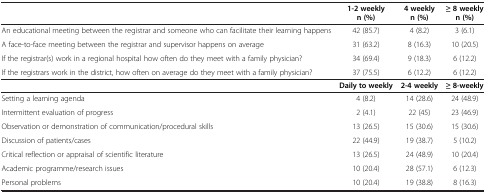
<table><thead><tr><td><b> </b></td><td><b>1-2 weekly n (%)</b></td><td><b>4 weekly n (%)</b></td><td><b>≥ 8 weekly n (%)</b></td></tr></thead><tbody><tr><td>An educational meeting between the registrar and someone who can facilitate their learning happens</td><td>42 (85.7)</td><td>4 (8.2)</td><td>3 (6.1)</td></tr><tr><td>A face-to-face meeting between the registrar and supervisor happens on average</td><td>31 (63.2)</td><td>8 (16.3)</td><td>10 (20.5)</td></tr><tr><td>If the registrar(s) work in a regional hospital how often do they meet with a family physician?</td><td>34 (69.4)</td><td>9 (18.3)</td><td>6 (12.2)</td></tr><tr><td>If the registrars work in the district, how often on average do they meet with a family physician?</td><td>37 (75.5)</td><td>6 (12.2)</td><td>6 (12.2)</td></tr><tr><td> </td><td><b>Daily to weekly</b></td><td><b>2-4 weekly</b></td><td><b>≥ 8-weekly</b></td></tr><tr><td>Setting a learning agenda</td><td>4 (8.2)</td><td>14 (28.6)</td><td>24 (48.9)</td></tr><tr><td>Intermittent evaluation of progress</td><td>2 (4.1)</td><td>22 (45)</td><td>23 (46.9)</td></tr><tr><td>Observation or demonstration of communication/procedural skills</td><td>13 (26.5)</td><td>15 (30.6)</td><td>15 (30.6)</td></tr><tr><td>Discussion of patients/cases</td><td>22 (44.9)</td><td>19 (38.7)</td><td>5 (10.2)</td></tr><tr><td>Critical reflection or appraisal of scientific literature</td><td>13 (26.5)</td><td>24 (48.9)</td><td>10 (20.4)</td></tr><tr><td>Academic programme/research issues</td><td>10 (20.4)</td><td>28 (57.1)</td><td>6 (12.3)</td></tr><tr><td>Personal problems</td><td>10 (20.4)</td><td>19 (38.8)</td><td>8 (16.3)</td></tr></tbody></table>